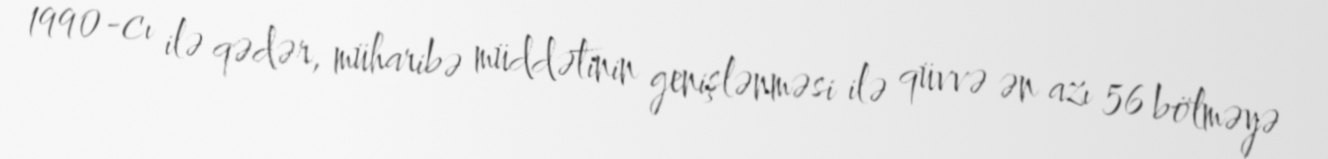
1990-cı ilə qədər, müharibə müddətinin genişlənməsi ilə qüvvə ən azı 56 bölməyə